Annual report on the working of the lock hospitals in the North-Western Provinces and Oudh
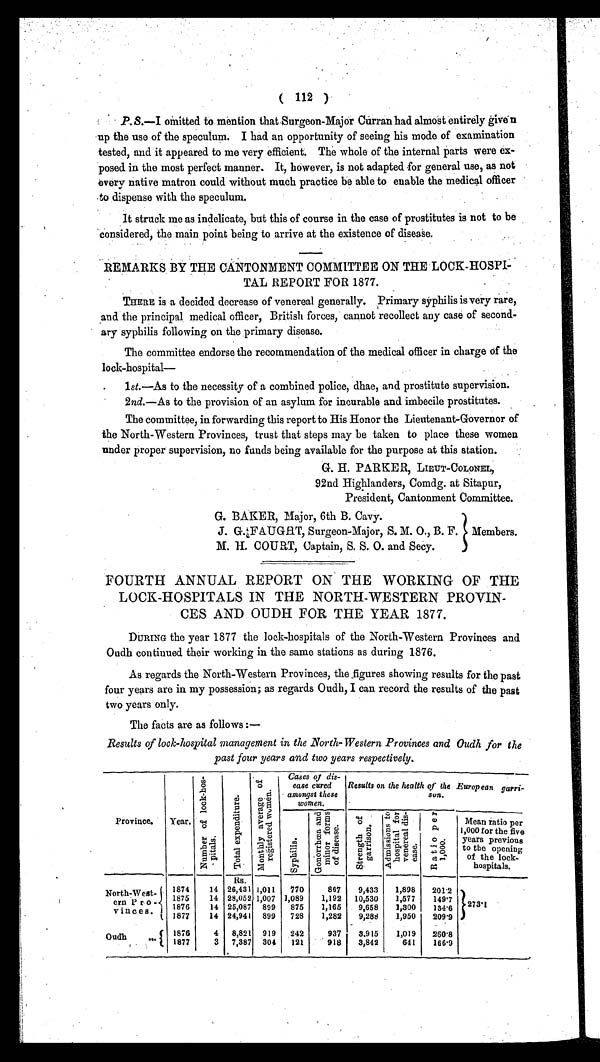
( 112 )
P.S.—I omitted to mention that Surgeon-Major Curran had almost entirely given
up the use of the speculum. I had an opportunity of seeing his mode of examination
tested, and it appeared to me very efficient. The whole of the internal parts were ex-
posed in the most perfect manner. It, however, is not adapted for general use, as not
every native matron could without much practice be able to enable the medical officer
to dispense with the speculum.
It struck me as indelicate, but this of course in the case of prostitutes is not to be
considered, the main point being to arrive at the existence of disease.
REMARKS BY THE CANTONMENT COMMITTEE ON THE LOCK-HOSPI-
TAL REPORT FOR 1877.
THERE is a decided decrease of venereal generally. Primary syphilis is very rare,
and the principal medical officer, British forces, cannot recollect any case of second-
ary syphilis following on the primary disease.
The committee endorse the recommendation of the medical officer in charge of the
lock-hospital —
lst. —As to the necessity of a combined police, dhae, and prostitute supervision.
2nd. —As to the provision of an asylum for incurable and imbecile prostitutes.
The committee, in forwarding this report to His Honor the Lieutenant-Governor of
the North-Western Provinces, trust that steps may be taken to place these women
under proper supervision, no funds being available for the purpose at this station.
G. H. PARKER, LIEUT-COLONEL,
92nd Highlanders, Comdg. at Sitapur,
President, Cantonment Committee.
G. BAKER, Major, 6th B. Cavy.
J. G. FAUGHT, Surgeon-Major, S. M. O., B. F. Members.
M. H. COURT, Captain, S. S. O. and Secy.
FOURTH ANNUAL REPORT ON THE WORKING OF THE
LOCK-HOSPITALS IN THE NORTH-WESTERN PROVIN-
CES AND OUDH FOR THE YEAR 1877.
DURING the year 1877 the lock-hospitals of the North-Western Provinces and
Oudh continued their working in the same stations as during 1876.
As regards the North-Western Provinces, the figures showing results for the past
four years are in my possession; as regards Oudh, I can record the results of the past
two years only.
The facts are as follows:—
Results of lock-hospital management in the North-Western Provinces and Oudh for the
past four years and two years respectively.
Province.
Year.
N u m b e r o f l o c k - h o s - p i t a l s .
T o t a l e x p e n d i t u r e .
M o n t h l y a v e r a g e o f r e g i s t e r e d w o m e n
Cases of dis-
ease cured
amongst these
women.
Results on the health of the European garri-
son.
S y p h i l i s .
G o n o r r h œ a a n d m i n o r f o r m s o f d i s e a s e .
S t r e n g t h o f g a r r i s o n .
Ad mi s s i o n s t o h o s p i t a l f o r v e n e r e a l d i s e a s e .
Ra di o pe r 1, 000
Mean ratio per
1,000 for the five
years previous
to the opening
of the lock-
hospitals.
R s .
North-West-
ern Pro-
vinces. t
1874
14 26,431 1,011
770
867
9,433
1,898
201.2
2 7 3 . 1
1875
14 28,052 1,007 1,089
1,192
10,530
1,577
149.7
1876
14 25,087 899
875
1,165
9,658
1,300
134.6
1877
14 24,941 899
728
1,282
9,288
1,950
209.9
Oudh.
1876
4
8,821 919
242
937
3.915
1,019
260.8
1877
3
7,387 304
121
918
3,842
641
166.9